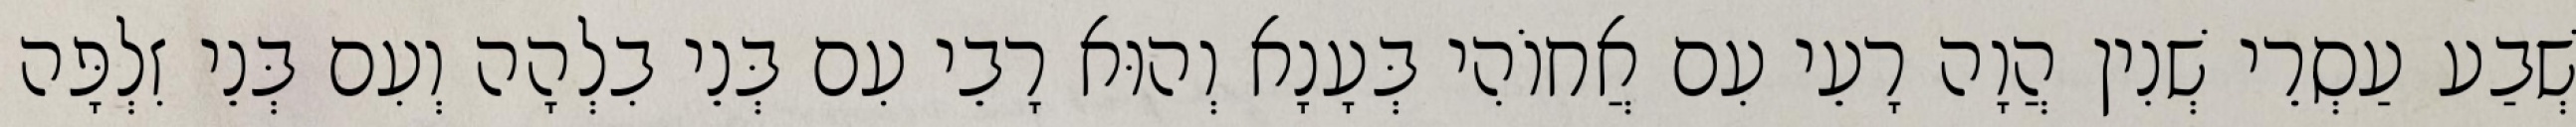
שְׁבַע עַסְרֵי שְׁנִין הֲוָה רָעֵי עִם אֲחוֹהִי בְּעָנָא וְהוּא רָבֵי עִם בְּנֵי בִלְהָה וְעִם בְּנֵי זִלְפָּה